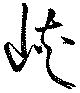
峡